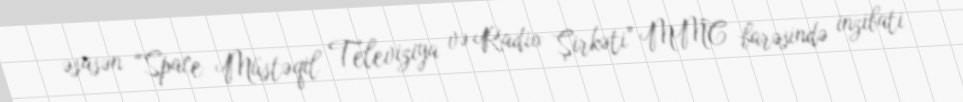
əsasən “Space Müstəqil Televiziya və Radio Şirkəti” MMC barəsində inzibati